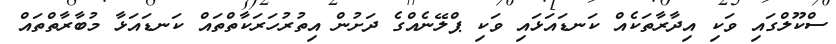
ސްކޫލްގައި ވަކި އިދާރާތަކެއް ކަނޑައަޅައި ވަކި ޕްލޭނެއްގެ ދަށުން އިތުރުހަރަކާތްތައް ކަނޑައަޅާ މުބާރާތްތައް